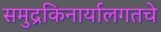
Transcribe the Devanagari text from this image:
समुद्रकिनार्यालगतचे